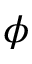
\phi